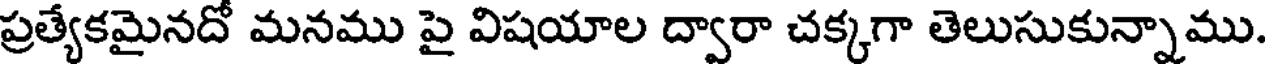
ప్రత్యేకమైనదో మనము పై విషయాల ద్వారా చక్కగా తెలుసుకున్నాము.